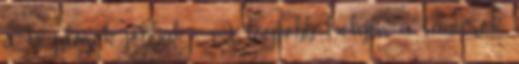
a kezdősök jobbak. : A legtöbb helyen a tanárok